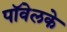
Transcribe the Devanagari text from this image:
पॉवेलके